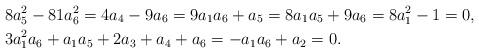
LaTeX: \begin{align*}&8 a_5^2-81 a_6^2=4 a_4-9 a_6=9 a_1 a_6+a_5=8 a_1 a_5+9 a_6=8 a_1^2-1=0,\\&3 a_1^2 a_6+ a_1 a_5+2 a_3+ a_4+ a_6=-a_1 a_6+a_2=0.\end{align*}